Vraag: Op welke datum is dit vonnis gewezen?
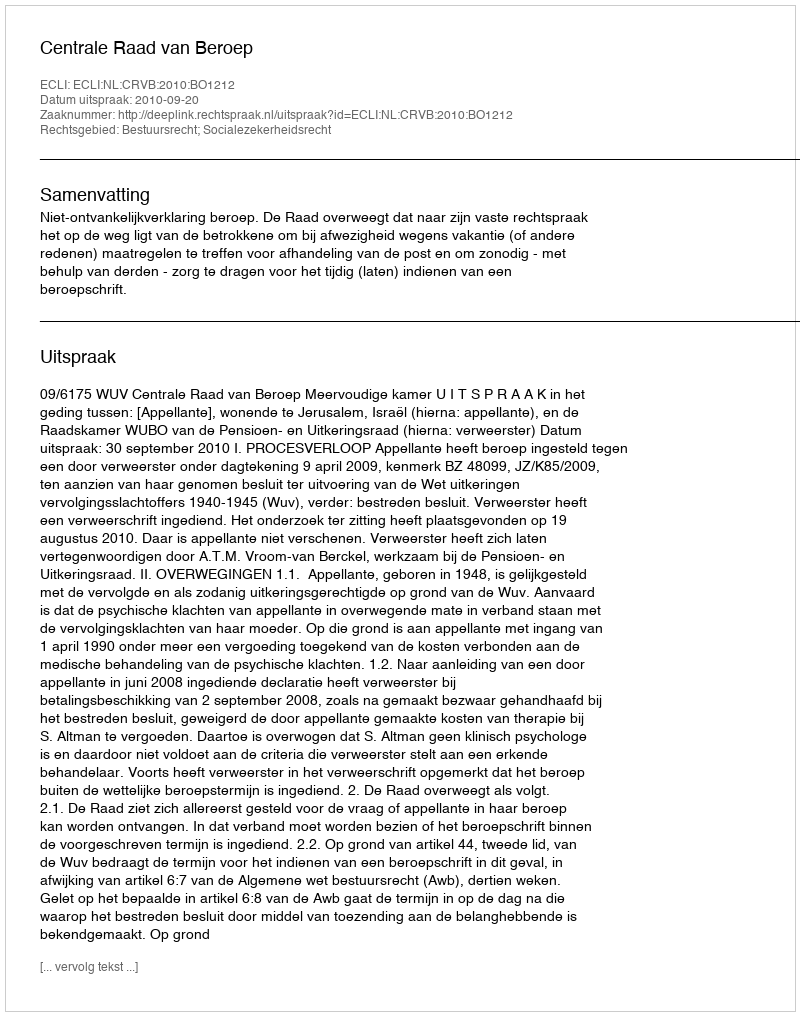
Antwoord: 2010-09-20